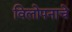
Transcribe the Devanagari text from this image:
विलोपनाचे